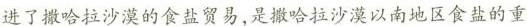
进了撒哈拉沙漠的食盐贸易，是撒哈拉沙漠以南地区食盐的重